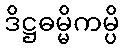
ဒိဋ္ဌဓမ္မိကမ္ပိ